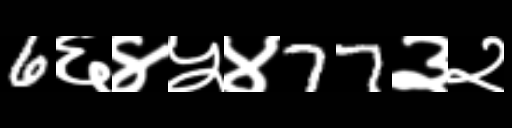
Text: 6६४५४77३२